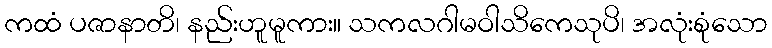
ကထံ ပဇာနာတိ၊ နည်းဟူမူကား။ သကလဂါမဝါသိကေသုပိ၊ အလုံးစုံသော